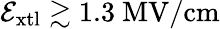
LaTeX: \mathcal{E}_{\mathrm{xtl}}\gtrsim 1.3\ \mathrm{MV/cm}